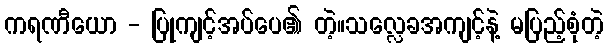
ကရဏီယော - ပြုကျင့်အပ်ပေ၏ တဲ့။သလ္လေခအကျင့်နဲ့ မပြည့်စုံတဲ့